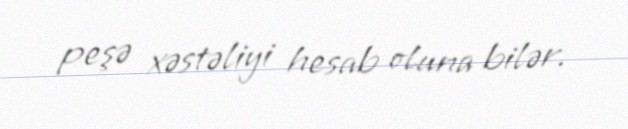
peşə xəstəliyi hesab oluna bilər.